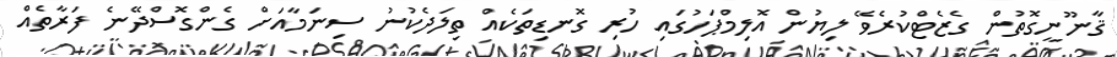
ޤާނޫނީގޮތުން ގެޒެޓްކުރެވޭ ލިޔުން އޮލިމްޕަހުގައި ހުރި ގޮނޑިތަކެއް ތިލަދެކުނު ސިނަމާއަށް ގެންގޮސްދޭނެ ފަރާތެއް